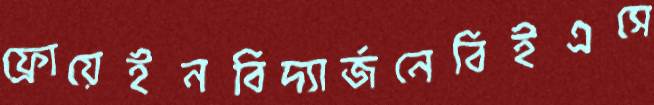
ফ্রোয়েইনবিদ্যার্জনেবিইএসে